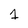
Character: 1